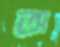
অ